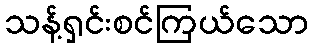
သန့်ရှင်းစင်ကြယ်သော